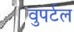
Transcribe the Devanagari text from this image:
वुपर्टल